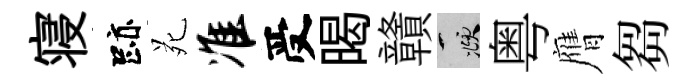
寝跡苑准受暍贛頫粤膺芻